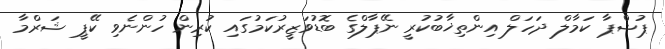
ޕުޝްޕާ ކަމާލް ދަހަލް އިންތިޚާބުކުރީ ނޭޕާލްގެ ބޮޑުވަޒީރުކަމުގައި ކުރިން ހުންނެވި ކޭޕީ ޝަރްމާ